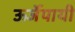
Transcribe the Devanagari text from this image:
ऊर्जेपायी